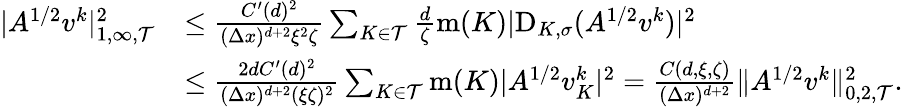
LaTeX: \begin{array}{rl}{|A^{1/2}v^{k}|_{1,\infty,{\mathcal T}}^{2}}&{\le\frac{C^{\prime}(d)^{2}}{(\Delta x)^{d+2}\xi^{2}\zeta}\sum_{K\in{\mathcal T}}\frac{d}{\zeta}\operatorname{m}(K)|\mathrm{D}_{K,\sigma}(A^{1/2}v^{k})|^{2}}\\ &{\le\frac{2dC^{\prime}(d)^{2}}{(\Delta x)^{d+2}(\xi\zeta)^{2}}\sum_{K\in{\mathcal T}}\operatorname{m}(K)|A^{1/2}v_{K}^{k}|^{2}=\frac{C(d,\xi,\zeta)}{(\Delta x)^{d+2}}\| A^{1/2}v^{k}\| _{0,2,{\mathcal T}}^{2}.}\end{array}